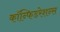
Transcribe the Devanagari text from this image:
कॉन्फिडरेशन्स